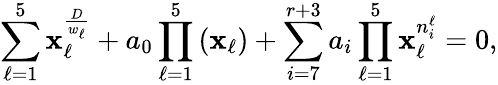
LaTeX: \sum_{\ell=1}^{5}\mathbf{x}_{\ell}^{\frac{{D}}{{w_{\ell}}}}+a_{0}\prod_{\ell=1}^{5}\left(\mathbf{x}_{\ell}\right)+\sum_{i=7}^{r+3}a_{i}\prod_{\ell=1}^{5}\mathbf{x}_{\ell}^{n_{i}^{\ell}}=0,